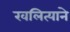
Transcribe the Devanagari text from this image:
खलित्याने